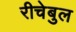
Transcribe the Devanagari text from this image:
रीचेबुल